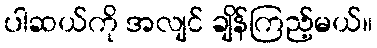
ပါဆယ်ကို အလျင် ချိန်ကြည့်မယ်။